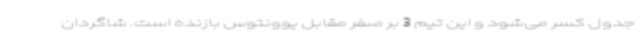
جدول کسر می‌شود و این تیم 3 بر صفر مقابل یوونتوس بازنده است. شاگردان